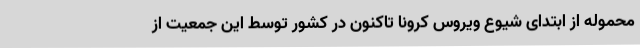
محموله از ابتدای شیوع ویروس کرونا تاکنون در کشور توسط این جمعیت از